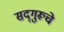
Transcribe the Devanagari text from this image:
सद्‌गुरूचे